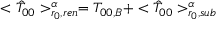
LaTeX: < { \hat { T } } _ { 0 0 } > _ { r _ { 0 } , r e n } ^ { \alpha } = T _ { 0 0 , B } + < { \hat { T } } _ { 0 0 } > _ { r _ { 0 } , s u b } ^ { \alpha }